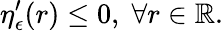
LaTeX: \eta_{\epsilon}^{\prime}(r)\leq 0,\; \forall r\in\mathbb{R}.